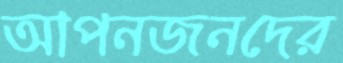
আপনজনদের